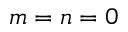
m = n = 0